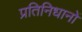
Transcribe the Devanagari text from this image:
प्रतिनिधानों